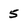
Character: 5